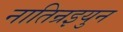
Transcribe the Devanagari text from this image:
नातिन्रइयुन